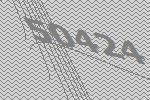
50424